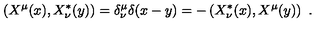
\left( X ^ { \mu } ( x ) , X _ { \nu } ^ { * } ( y ) \right) = \delta _ { \nu } ^ { \mu } \delta ( x - y ) = - \left( X _ { \nu } ^ { * } ( x ) , X ^ { \mu } ( y ) \right) \ .